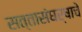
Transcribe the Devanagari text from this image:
सत्तासंघर्षाचे